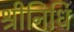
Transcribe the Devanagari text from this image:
श्रीनिधि